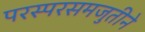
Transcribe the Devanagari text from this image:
परस्परसमजुतीने